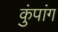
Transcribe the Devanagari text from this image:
कुंपांग